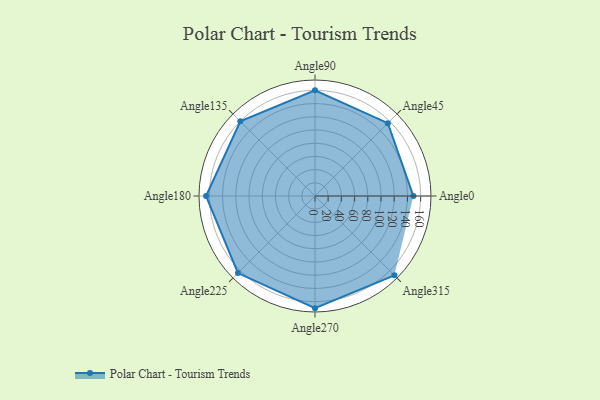
{"axis": {"x": "Angle", "y": "Radius"}, "legend": [""], "data": [{"x": "Angle0", "y": 149.0, "type": ""}, {"x": "Angle45", "y": 156.0, "type": ""}, {"x": "Angle90", "y": 160.0, "type": ""}, {"x": "Angle135", "y": 160.0, "type": ""}, {"x": "Angle180", "y": 165.0, "type": ""}, {"x": "Angle225", "y": 165.0, "type": ""}, {"x": "Angle270", "y": 170, "type": ""}, {"x": "Angle315", "y": 170, "type": ""}]}